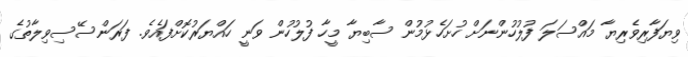
ވިޔަފާރިވެރިޔާ މައްސަލަ ފުލުހުންނަށް ހުށަހެޅުމުން ސާބިޔާ މީހާ ފުލުހުން ވަނީ ހައްޔަރުކޮށްފައެވެ. ފަރަންސޭސިވިލާތުގެ